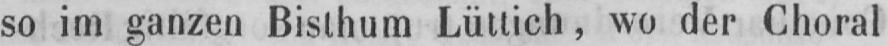
so im ganzen Bisthum Lüttich, wo der Choral